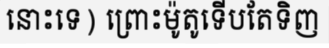
នោះទេ) ព្រោះម៉ូតូទើបតែទិញ